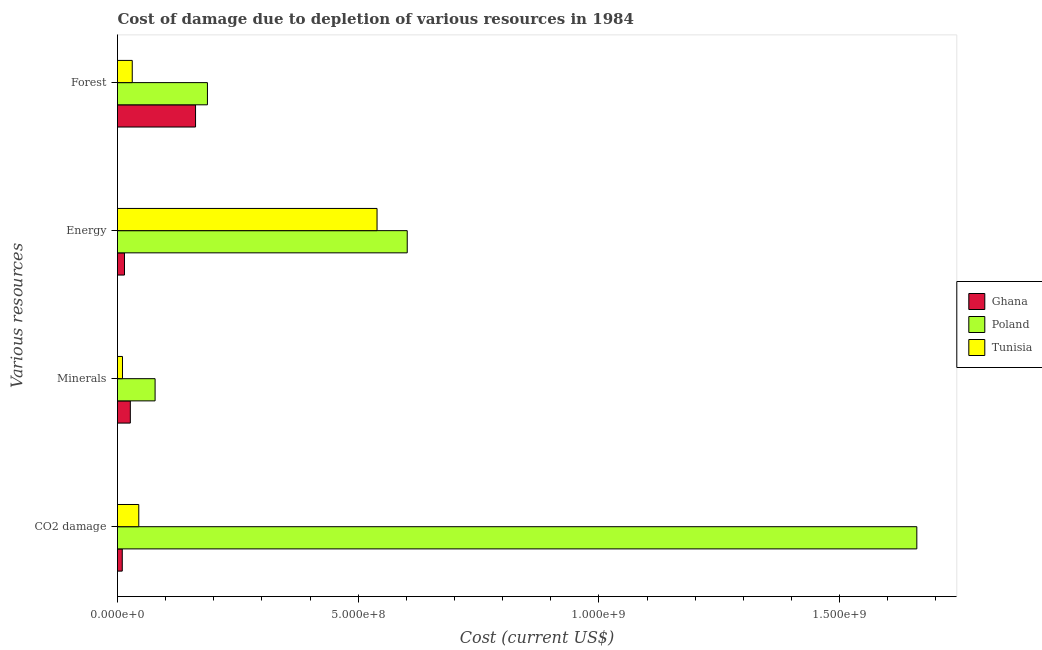
| Various resources | Ghana | Poland | Tunisia |
 | --- | --- | --- | --- |
 | CO2 damage | 9.88e+06 | 1.66e+09 | 4.42e+07 |
 | Minerals | 2.66e+07 | 7.81e+07 | 1.03e+07 |
 | Energy | 1.45e+07 | 6.02e+08 | 5.39e+08 |
 | Forest | 1.62e+08 | 1.87e+08 | 3.06e+07 |